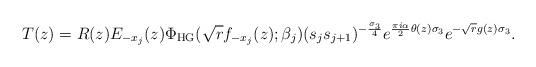
LaTeX: \begin{align*}T(z) = R(z)E_{-x_{j}}(z)\Phi_{\mathrm{HG}}(\sqrt{r}f_{-x_{j}}(z);\beta_{j})(s_{j}s_{j+1})^{-\frac{\sigma_{3}}{4}}e^{\frac{\pi i \alpha}{2}\theta(z) \sigma_{3}}e^{-\sqrt{r}g(z)\sigma_{3}}.\end{align*}